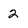
Character: 2